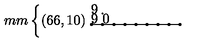
\unitlength 1 m m \left\{ \begin{picture} { ( 6 6 , 1 0 ) \multiput ( 1 , 0 ) ( 8 , 0 ) { 9 } { \circle * { 2 } } \put ( 4 9 , 8 ) { \circle * { 2 } } \multiput ( 2 , 0 ) ( 8 , 0 ) { 8 } { \line ( 1 , 0 ) { 6 } } \put ( 4 9 , 1 ) { \line ( 0 , 1 ) { 6 } } } \\ \end{picture} \right.